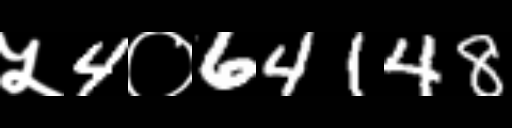
Text: ५4०64148